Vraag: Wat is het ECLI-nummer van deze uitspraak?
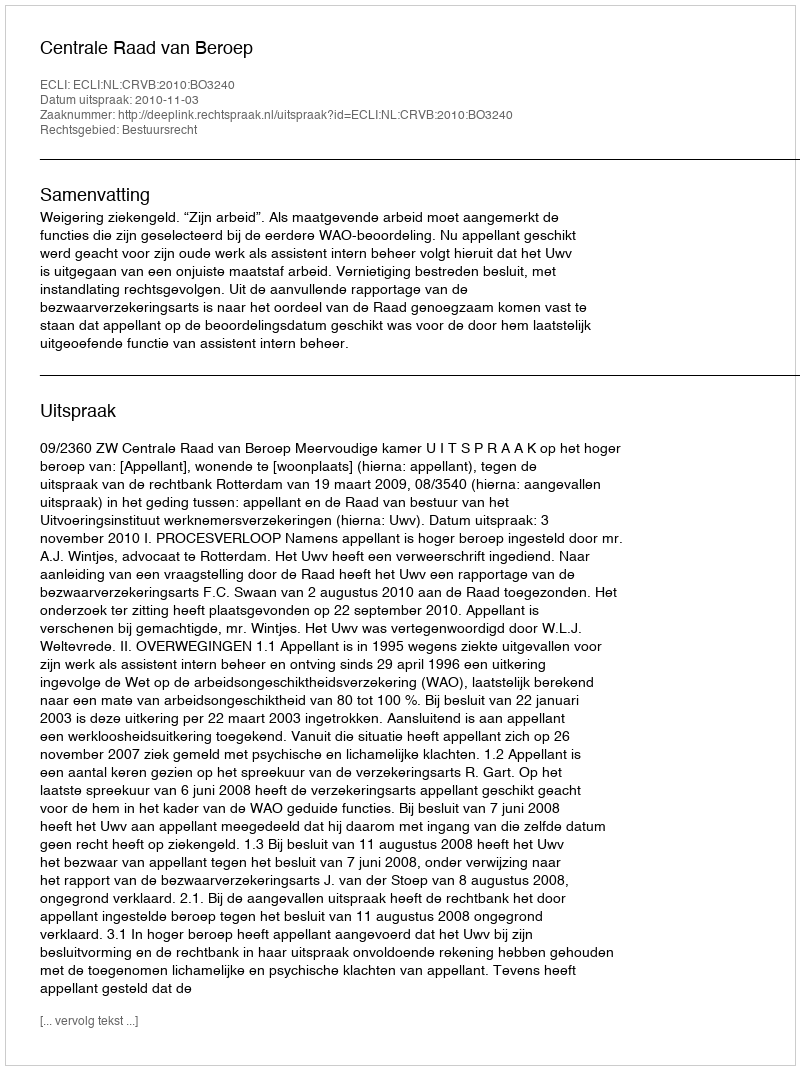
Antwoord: ECLI:NL:CRVB:2010:BO3240